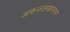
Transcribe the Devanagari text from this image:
अफजलखानास